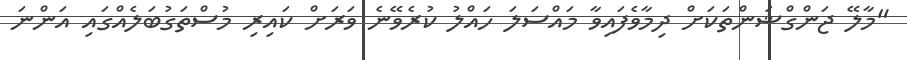
"މާލޭ ޖަންގްޝަންތަކަށް ދިމާވެފައިވާ މައްސަލަ ހައްލު ކުރެވޭނެ ވަރަށް ކައިރި މުސްތަގުބަލެއްގައި އަންނަ